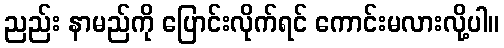
ညည်း နာမည်ကို ပြောင်းလိုက်ရင် ကောင်းမလားလို့ပါ။